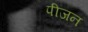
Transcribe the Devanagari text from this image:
पीजन